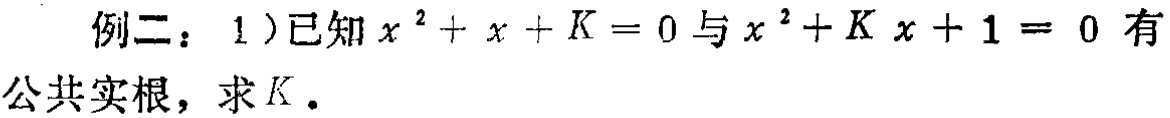
例二：1）已知\(x^{2}+x + K = 0\)与\(x^{2}+Kx + 1 = 0\)有公共实根，求\(K\)。